Annual statistical returns and brief notes on vaccination in Bengal - 1896-1909
Year: 1896
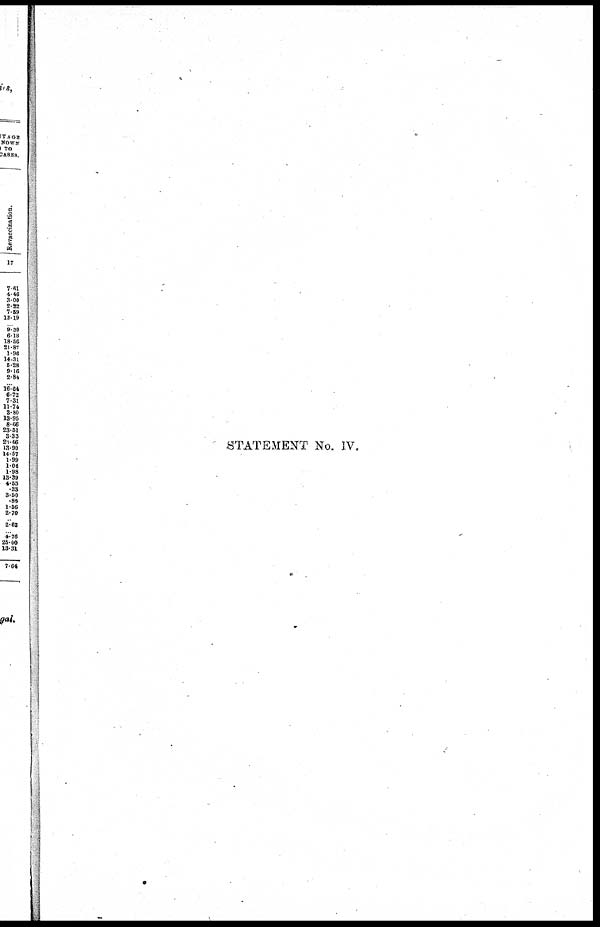
STATEMENT No. IV.